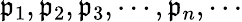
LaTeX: \mathfrak{p}_{1},\mathfrak{p}_{2},\mathfrak{p}_{3},\cdots,\mathfrak{p}_{n},\cdots